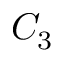
C _ { 3 }